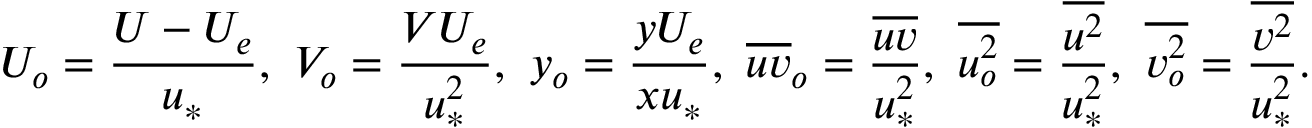
U _ { o } = \frac { U - U _ { e } } { u _ { * } } , \ V _ { o } = \frac { V U _ { e } } { u _ { * } ^ { 2 } } , \ y _ { o } = \frac { y U _ { e } } { x u _ { * } } , \ \overline { { u v } } _ { o } = \frac { \overline { { u v } } } { u _ { * } ^ { 2 } } , \ \overline { { u _ { o } ^ { 2 } } } = \frac { \overline { { u ^ { 2 } } } } { u _ { * } ^ { 2 } } , \ \overline { { v _ { o } ^ { 2 } } } = \frac { \overline { { v ^ { 2 } } } } { u _ { * } ^ { 2 } } .